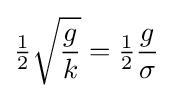
{\tfrac {1}{2}}{\sqrt {\frac {g}{k}}}={\tfrac {1}{2}}{\frac {g}{\sigma }}